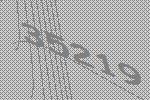
35219